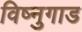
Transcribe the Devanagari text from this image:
विष्नुगाड